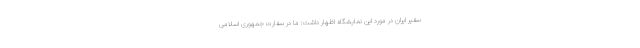
سفیر ایران در مورد این نمایشگاه اظهار داشت: ما در سفارت جمهوری اسلامی